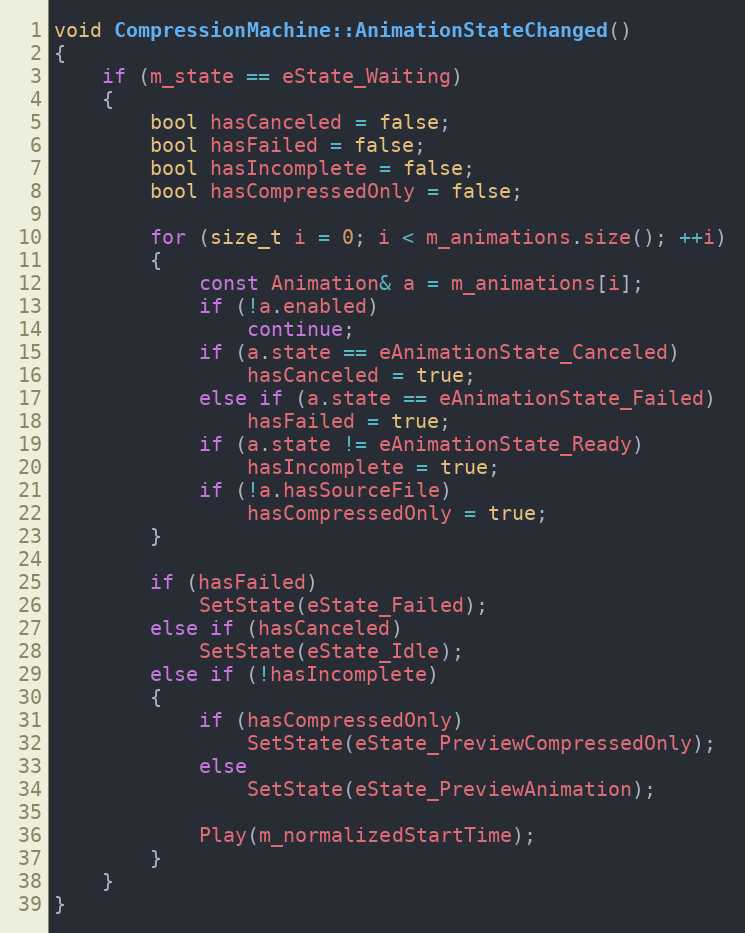
Language: C++
void CompressionMachine::AnimationStateChanged()
{
	if (m_state == eState_Waiting)
	{
		bool hasCanceled = false;
		bool hasFailed = false;
		bool hasIncomplete = false;
		bool hasCompressedOnly = false;

		for (size_t i = 0; i < m_animations.size(); ++i)
		{
			const Animation& a = m_animations[i];
			if (!a.enabled)
				continue;
			if (a.state == eAnimationState_Canceled)
				hasCanceled = true;
			else if (a.state == eAnimationState_Failed)
				hasFailed = true;
			if (a.state != eAnimationState_Ready)
				hasIncomplete = true;
			if (!a.hasSourceFile)
				hasCompressedOnly = true;
		}

		if (hasFailed)
			SetState(eState_Failed);
		else if (hasCanceled)
			SetState(eState_Idle);
		else if (!hasIncomplete)
		{
			if (hasCompressedOnly)
				SetState(eState_PreviewCompressedOnly);
			else
				SetState(eState_PreviewAnimation);

			Play(m_normalizedStartTime);
		}
	}
}